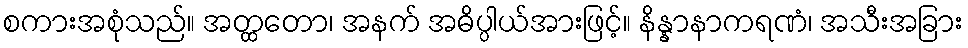
စကားအစုံသည်။ အတ္ထတော၊ အနက် အဓိပ္ပါယ်အားဖြင့်။ နိန္နာနာကရဏံ၊ အသီးအခြား